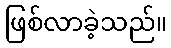
ဖြစ်လာခဲ့သည်။